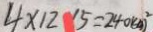
4 \times 1 2 \times 5 = 2 4 0 ( k m ) ^ { 2 }